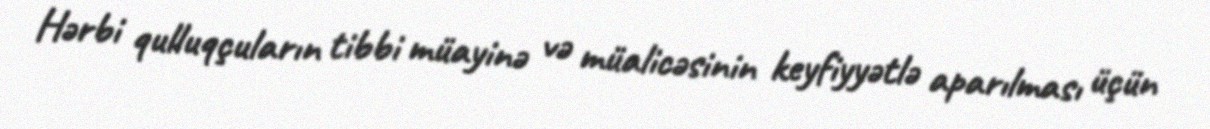
Hərbi qulluqçuların tibbi müayinə və müalicəsinin keyfiyyətlə aparılması üçün